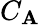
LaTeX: C_{\mathbf{A}}